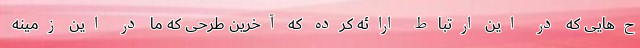
ح‌هایی که در این ارتباط ارائه کرده که آخرین طرحی که ما در این زمینه